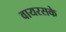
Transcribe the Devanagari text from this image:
वायरसके